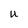
Character: U